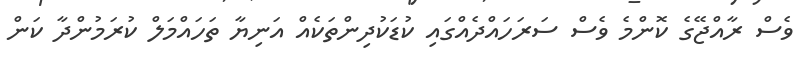
ވެސް ރާއްޖޭގެ ކޮންމެ ވެސް ސަރަހައްދެއްގައި ކުޑަކުދިންތަކެއް އަނިޔާ ތަހައްމަލް ކުރަމުންދާ ކަން